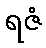
ရဇံ